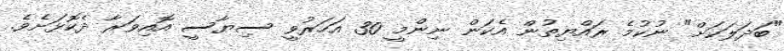
"ބަދަލަކަށް" ނުކުމެ ރައްޔިތުން އެކަން ނިންމީ 30 އަހަރުވީ ސިޔާސީ އޮއިވަރާ ދެކޮޅަށެވެ.